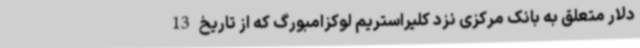
دلار متعلق به بانک مرکزی نزد کلیراستریم لوکزامبورگ که از تاریخ 13